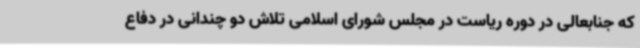
که جنابعالی در دوره ریاست در مجلس شورای اسلامی تلاش دو چندانی در دفاع